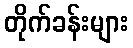
တိုက်ခန်းများ